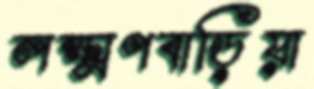
লক্ষ্মণবাড়িয়া